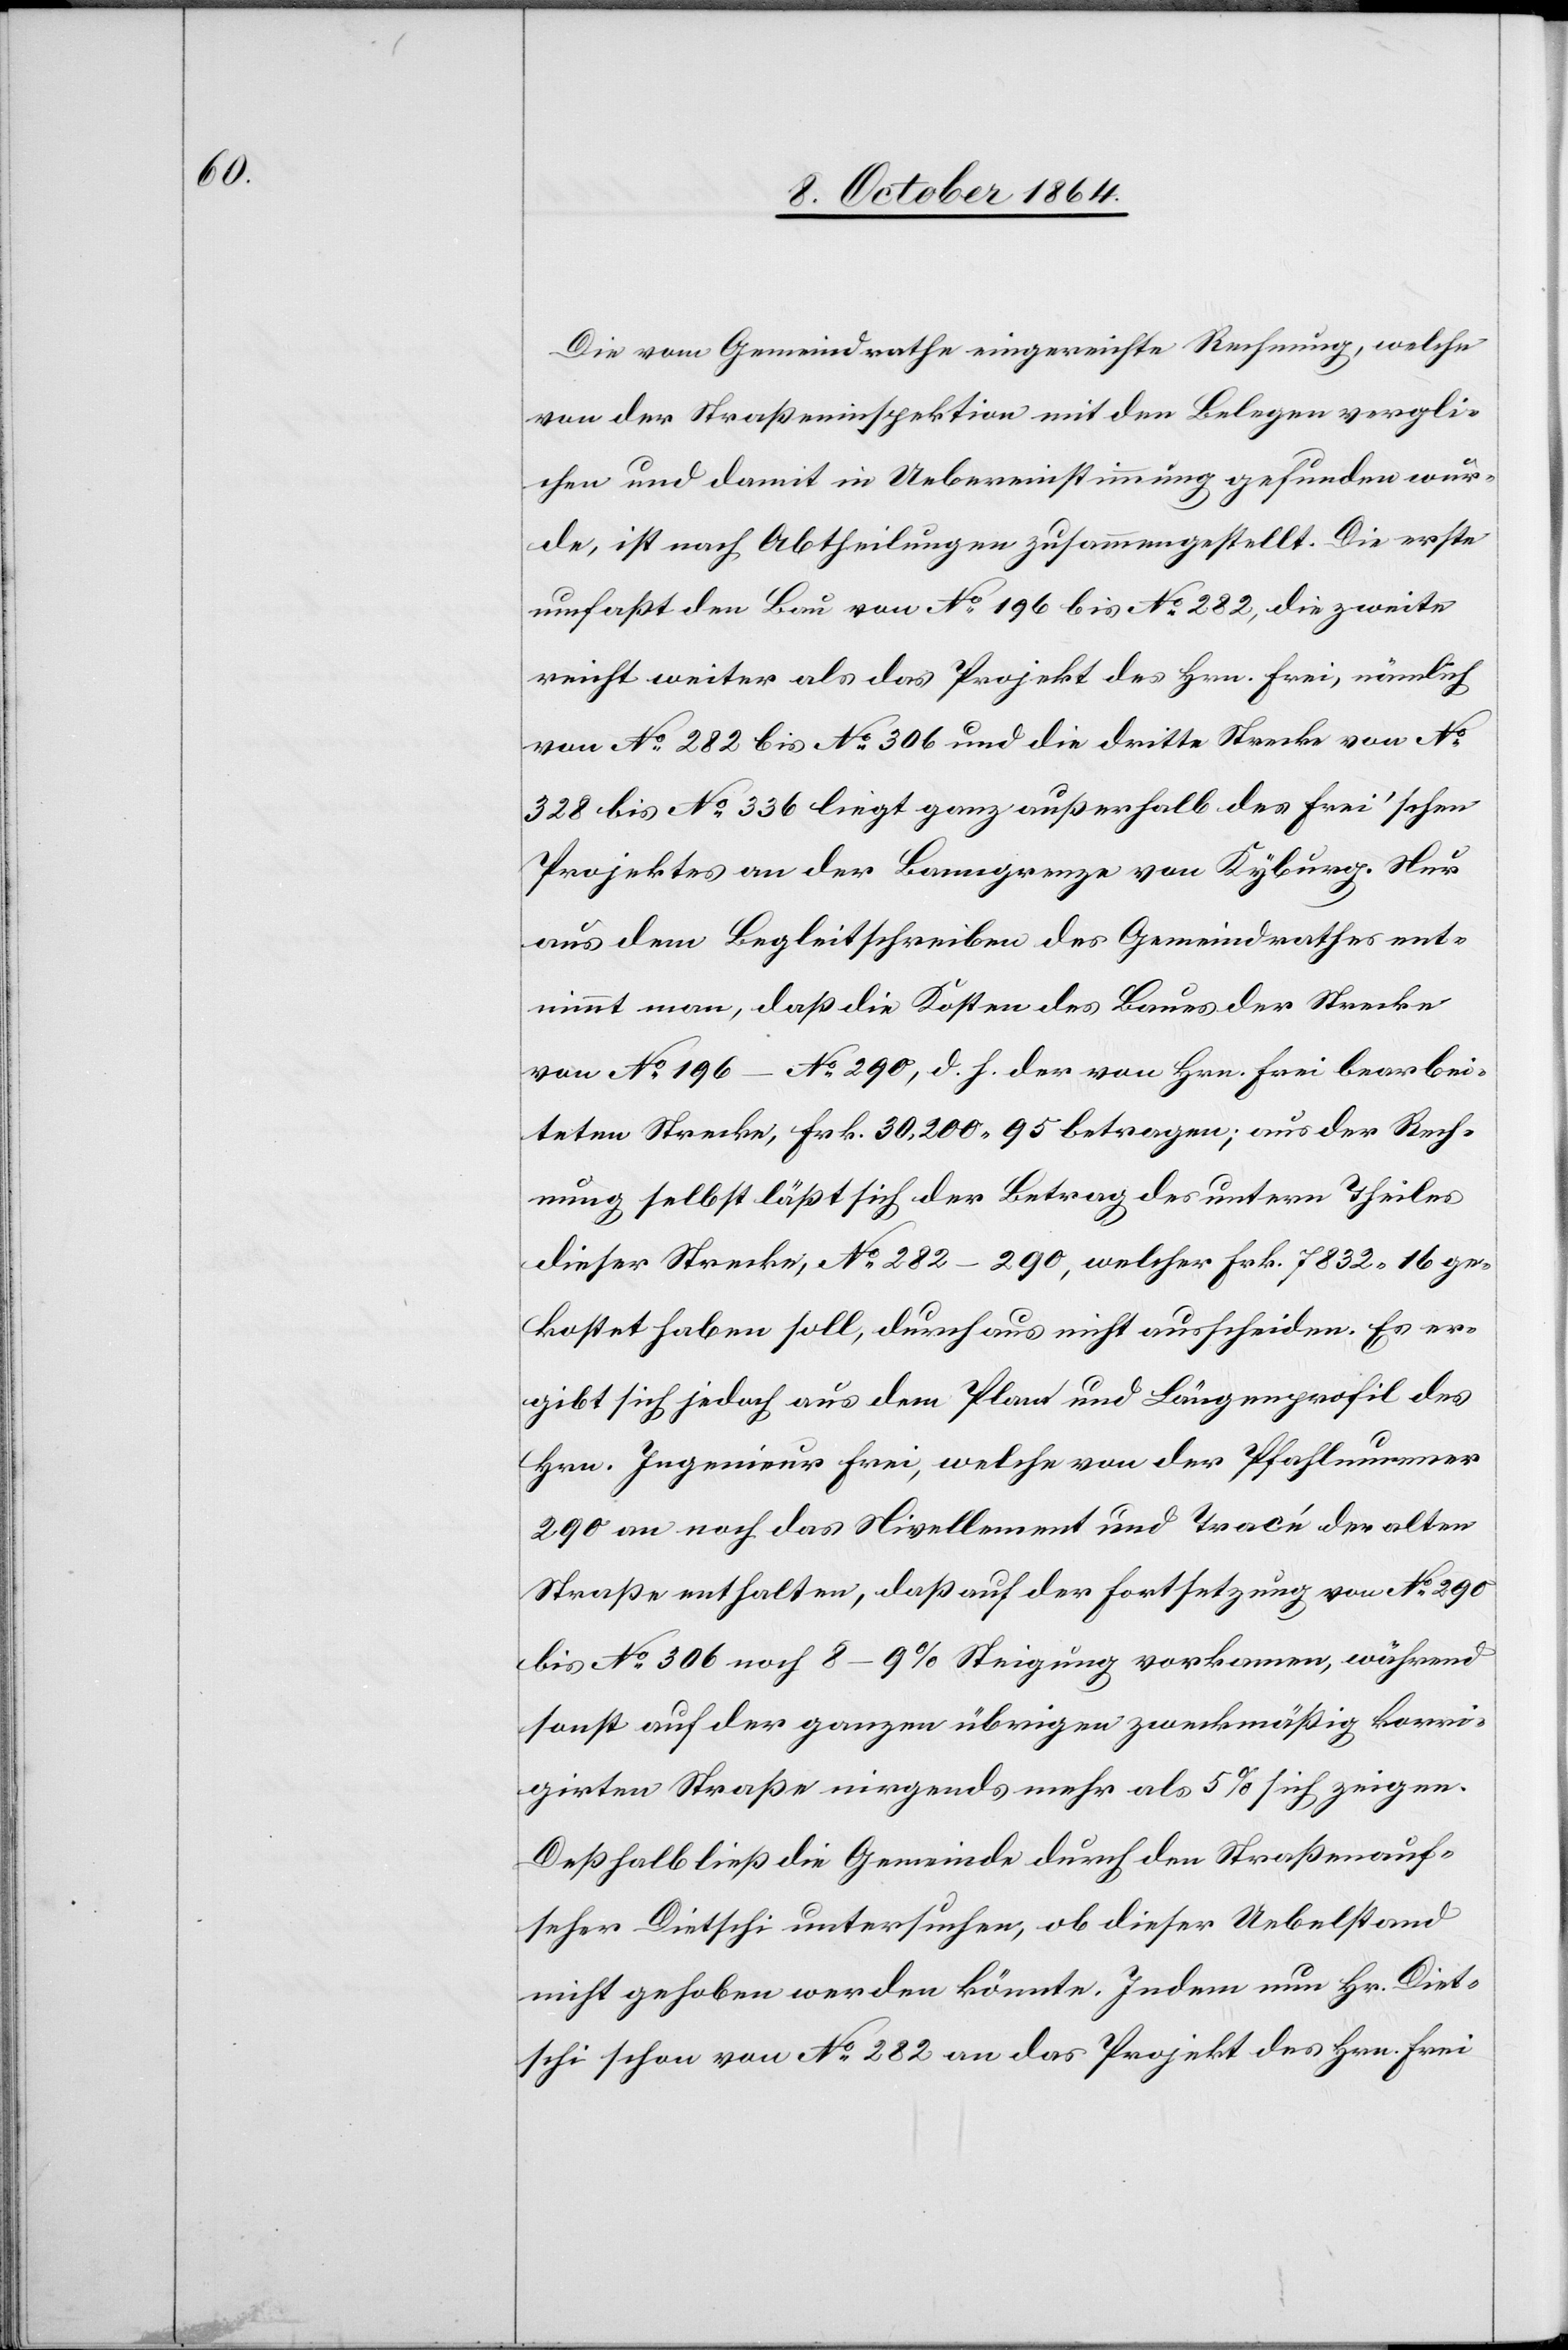
Die vom Gemeindrathe eingereichte Rechnung, welche
von der Straßeninspektion mit den Belegen vergli¬
chen und damit in Uebereinstimmung gefunden wur¬
de, ist nach Abtheilungen zusammengestellt. Die erste
umfaßt den Bau von No 196 bis No 282, die zweite
reicht weiter als das Projekt des Hrn. Frei, nämlich
von No 282 bis No 306 und die dritte Strecke von No
328 bis No 336 liegt ganz außerhalb des Frei’schen
Projektes an der Banngrenze von Kyburg. Nur
aus dem Begleitschreiben des Gemeindrathes ent¬
nimmt man, daß die Kosten des Baues der Strecke
von No 196–No 290, d. h. der von Hrn. Frei bearbei¬
teten Strecke, Frk. 30,200.95 betragen; aus der Rech¬
nung selbst läßt sich der Betrag des untern Theiles
dieser Strecke, No 282 – 290, welcher Frk. 7 832.16 ge¬
kostet haben soll, durchaus nicht ausscheiden. Es er¬
gibt sich jedoch aus dem Plan und Längenprofil des
Hrn. Ingenieur Frei, welche von der Pfahlnummer
290 an noch das Nivellement und Tracé der alten
Straße enthalten, daß auf der Fortsetzung von No 290
bis No 306 noch 8–9% Steigung vorkommen, während
sonst auf der ganzen übrigen zweckmäßig korri¬
girten Straße nirgends mehr als 5% sich zeigen.
Deßhalb ließ die Gemeinde durch den Straßenauf¬
seher Dietschi untersuchen, ob dieser Uebelstand
nicht gehoben werden könnte. Indem nun Hr. Diet¬
schi schon von No 282 an das Projekt des Hrn. Frei